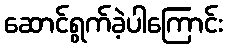
ဆောင်ရွက်ခဲ့ပါကြောင်း